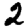
Digit: 2